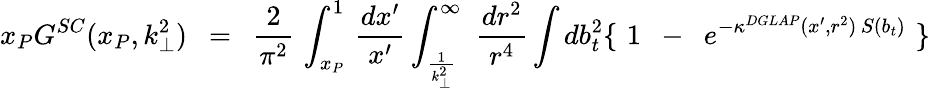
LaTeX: x_{P}G^{SC}(x_{P},k_{\perp}^{2})\, \, \, =\, \, \, \frac{2}{\pi^{2}}\, \int_{x_{P}}^{1}\, \frac{dx^{\prime}}{x^{\prime}}\int_{\frac{1}{k_{\perp}^{2}}}^{\infty}\, \, \frac{dr^{2}}{r^{4}}\int db_{t}^{2}\{ \, \, 1\, \, \, -\, \, \, e^{-\kappa^{DGLAP}(x^{\prime},r^{2})\, S(b_{t})}\, \, \} \, \,